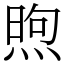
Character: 煦